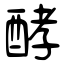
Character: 酵